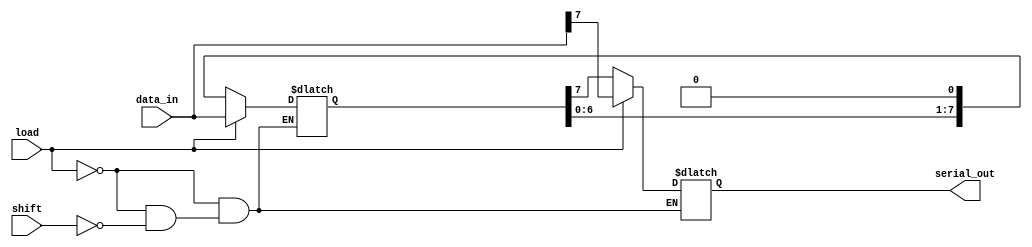
module PISO_Register #(
    parameter N = 8 // Parameter for the width of the register
)(
    input wire [N-1:0] data_in, // Parallel data input
    input wire load,             // Asynchronous load signal
    input wire shift,            // Asynchronous shift signal
    output reg serial_out        // Serial output
);

    reg [N-1:0] shift_reg; // Internal shift register to hold the data

    always @(*) begin
        if (load) begin
            // Load data into the shift register on load signal
            shift_reg = data_in;
            serial_out = shift_reg[N-1]; // Output the MSB initially
        end else if (shift) begin
            // Shift data out serially on shift signal
            serial_out = shift_reg[N-1]; // Output the MSB
            shift_reg = {shift_reg[N-2:0], 1'b0}; // Shift left, filling LSB with 0
        end
    end

    // Initial state of the shift register (optional)
    initial begin
        shift_reg = 0;
        serial_out = 0;
    end

endmodule